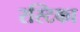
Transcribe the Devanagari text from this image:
रस्टिका